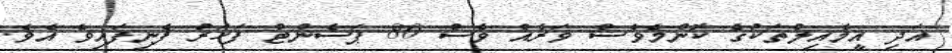
އަދި އީމެއިލްތަކުގެ ކޮންމެވެސް ވަރެއް ވެސް 80 ޕަސެންޓް ފަހަރު ފެނިފައިވެ އެވެ.